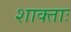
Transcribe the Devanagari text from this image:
शाक्ताः